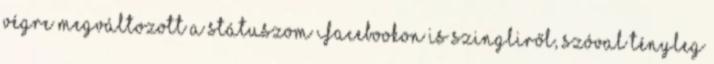
végre megváltozott a státuszom Facebookon is szingliről, szóval tényleg